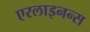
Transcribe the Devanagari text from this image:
एरलाइनन्स